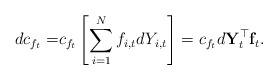
\begin{align*}dc_{f_t} = & c_{f_t} \left[\sum\limits_{i=1}^{N} f_{i,t}dY_{i,t} \right] = c_{f_t} d\mathbf{Y}_t^{\top}\mathbf{f}_t. \end{align*}